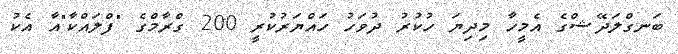
ބަނގްލަދޭޝްގެ އެމީހާ މިދިޔަ ހުކުރު ދުވަހު ހައްޔަރުކުރީ 200 ގްރާމްގެ "ފްލައްކާ"އާ އެކު